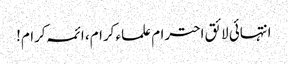
انتہائی لائق احترام علماء کرام، ائمہ کرام!